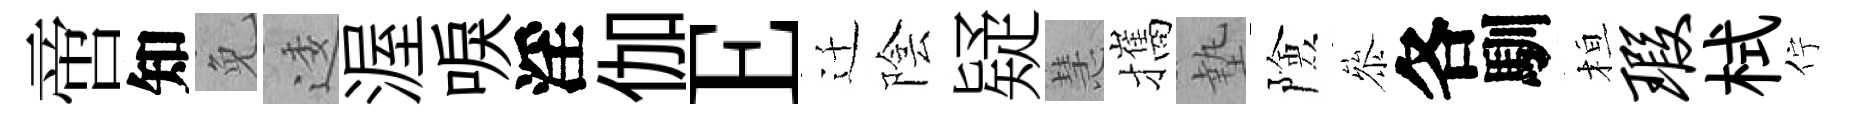
啻知免逶渥唳淫伽E迁陰疑慧攜墊險叅各馴桓瑕栻佇